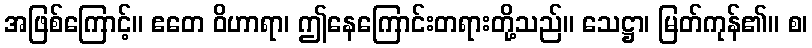
အဖြစ်ကြောင့်။ ဧတေ ဝိဟာရာ၊ ဤနေကြောင်းတရားတို့သည်။ သေဋ္ဌာ၊ မြတ်ကုန်၏။ စ၊